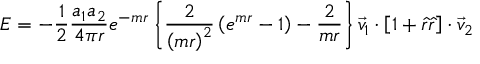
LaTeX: E = - { \frac { 1 } { 2 } } { \frac { a _ { 1 } a _ { 2 } } { 4 \pi r } } e ^ { - m r } \left\{ { \frac { 2 } { \left( m r \right) ^ { 2 } } } \left( e ^ { m r } - 1 \right) - { \frac { 2 } { m r } } \right\} { \vec { v } } _ { 1 } \cdot \left[ 1 + { \hat { r } } { \hat { r } } \right] \cdot { \vec { v } } _ { 2 }